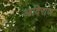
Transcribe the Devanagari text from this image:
आदिराज